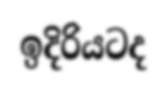
ඉදිරියටද